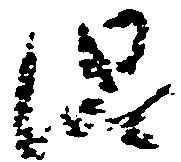
混